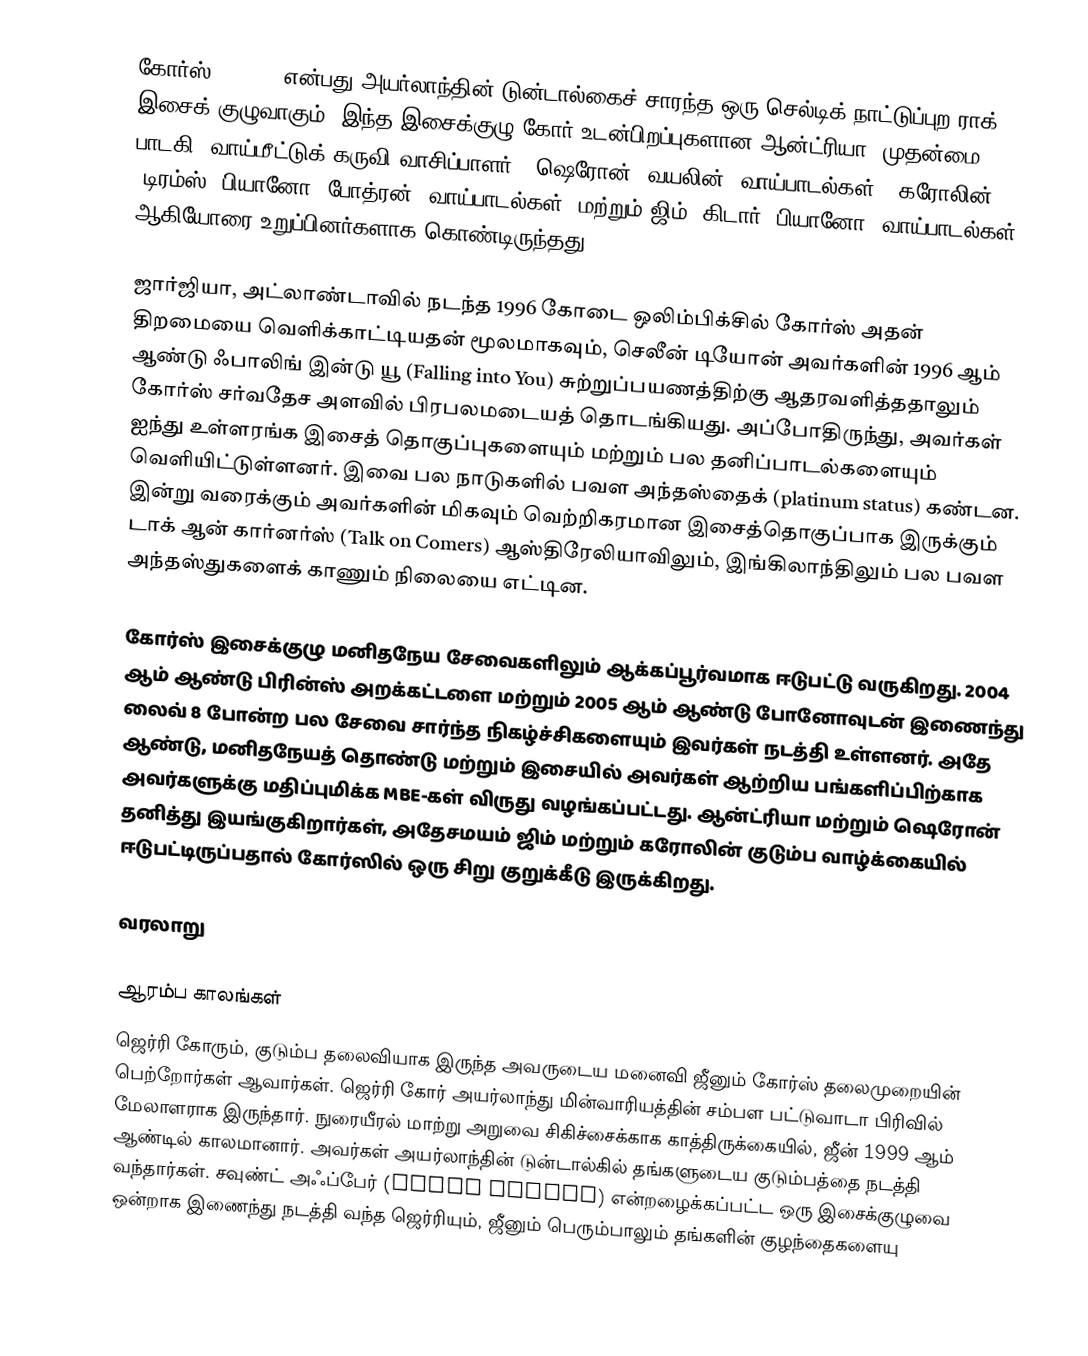
கோர்ஸ் (Corrs) என்பது அயர்லாந்தின் டுன்டால்கைச் சாரந்த ஒரு செல்டிக் நாட்டுப்புற ராக் இசைக் குழுவாகும்.  இந்த இசைக்குழு கோர் உடன்பிறப்புகளான ஆன்ட்ரியா (முதன்மை பாடகி, வாய்மீட்டுக் கருவி வாசிப்பாளர்); ஷெரோன் (வயலின், வாய்பாடல்கள்); கரோலின் (டிரம்ஸ், பியானோ, போத்ரன், வாய்பாடல்கள்) மற்றும் ஜிம் (கிடார், பியானோ, வாய்பாடல்கள்) ஆகியோரை உறுப்பினர்களாக கொண்டிருந்தது.

ஜார்ஜியா, அட்லாண்டாவில் நடந்த 1996 கோடை ஒலிம்பிக்சில் கோர்ஸ் அதன் திறமையை வெளிக்காட்டியதன் மூலமாகவும், செலீன் டியோன் அவர்களின் 1996 ஆம் ஆண்டு ஃபாலிங் இன்டு யூ (Falling into You) சுற்றுப்பயணத்திற்கு ஆதரவளித்ததாலும் கோர்ஸ் சர்வதேச அளவில் பிரபலமடையத் தொடங்கியது. அப்போதிருந்து, அவர்கள் ஐந்து உள்ளரங்க இசைத் தொகுப்புகளையும் மற்றும் பல தனிப்பாடல்களையும் வெளியிட்டுள்ளனர். இவை பல நாடுகளில் பவள அந்தஸ்தைக் (platinum status) கண்டன.  இன்று வரைக்கும் அவர்களின் மிகவும் வெற்றிகரமான இசைத்தொகுப்பாக இருக்கும் டாக் ஆன் கார்னர்ஸ் (Talk on Comers) ஆஸ்திரேலியாவிலும், இங்கிலாந்திலும் பல பவள அந்தஸ்துகளைக் காணும் நிலையை எட்டின.

கோர்ஸ் இசைக்குழு மனிதநேய சேவைகளிலும் ஆக்கப்பூர்வமாக ஈடுபட்டு வருகிறது.  2004 ஆம் ஆண்டு பிரின்ஸ் அறக்கட்டளை மற்றும் 2005 ஆம் ஆண்டு போனோவுடன் இணைந்து லைவ் 8 போன்ற பல சேவை சார்ந்த நிகழ்ச்சிகளையும் இவர்கள் நடத்தி உள்ளனர். அதே ஆண்டு, மனிதநேயத் தொண்டு மற்றும் இசையில் அவர்கள் ஆற்றிய பங்களிப்பிற்காக அவர்களுக்கு மதிப்புமிக்க MBE-கள் விருது வழங்கப்பட்டது.  ஆன்ட்ரியா மற்றும் ஷெரோன் தனித்து இயங்குகிறார்கள், அதேசமயம் ஜிம் மற்றும் கரோலின் குடும்ப வாழ்க்கையில் ஈடுபட்டிருப்பதால் கோர்ஸில் ஒரு சிறு குறுக்கீடு இருக்கிறது.

வரலாறு

ஆரம்ப காலங்கள்
ஜெர்ரி கோரும், குடும்ப தலைவியாக இருந்த அவருடைய மனைவி ஜீனும் கோர்ஸ் தலைமுறையின் பெற்றோர்கள் ஆவார்கள். ஜெர்ரி கோர் அயர்லாந்து மின்வாரியத்தின் சம்பள பட்டுவாடா பிரிவில் மேலாளராக இருந்தார். நுரையீரல் மாற்று அறுவை சிகிச்சைக்காக காத்திருக்கையில், ஜீன் 1999 ஆம் ஆண்டில் காலமானார்.  அவர்கள் அயர்லாந்தின் டுன்டால்கில் தங்களுடைய குடும்பத்தை நடத்தி வந்தார்கள்.  சவுண்ட் அஃப்பேர் (Sound Affair) என்றழைக்கப்பட்ட ஒரு இசைக்குழுவை ஒன்றாக இணைந்து நடத்தி வந்த ஜெர்ரியும், ஜீனும் பெரும்பாலும் தங்களின் குழந்தைகளையு